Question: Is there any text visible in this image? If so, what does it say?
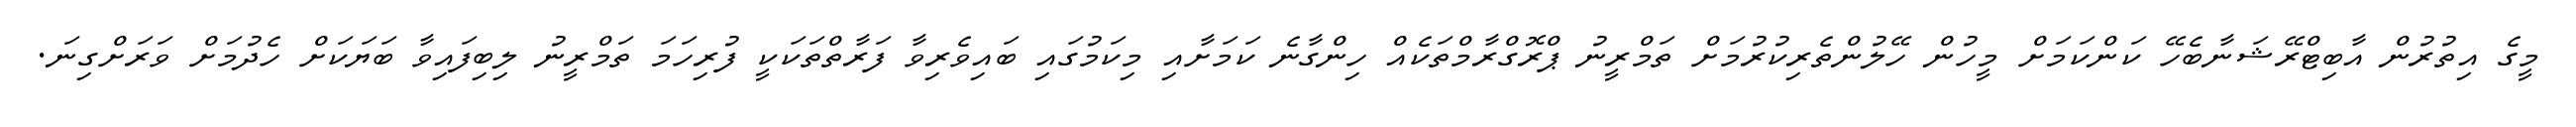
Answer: މީގެ އިތުރުން އާބިޓްރޭޝަނާބެހޭ ކަންކަމަށް މީހުން ހޭލުންތެރިކުރުމަށް ތަމްރީނު ޕްރޮގްރާމްތަކެއް ހިންގާނެ ކަމަށާއި މިކަމުގައި ބައިވެރިވާ ފަރާތްތަކަކީ ފުރިހަމަ ތަމްރީނު ލިބިފައިވާ ބަޔަކަށް ހެދުމަށް ވަރަށްގިނަ.